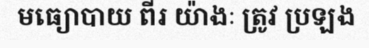
មធ្យោបាយ ពីរ យ៉ាងៈ ត្រូវ ប្រឡង